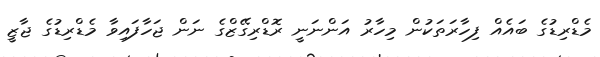
މެޑްރިޑުގެ ބައެއް ފިހާރަތަކުން މިހާރު އަންނަނީ ރޮޑްރިގޭޒްގެ ނަން ޖަހާފައިވާ މެޑްރިޑުގެ ޖާޒީ